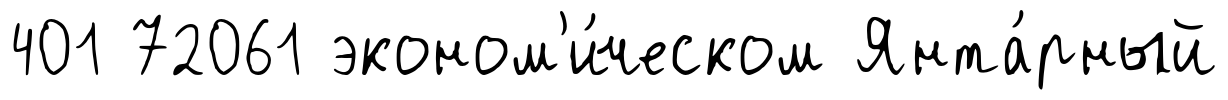
401 72061 эконом'и́ческом Янта́рный